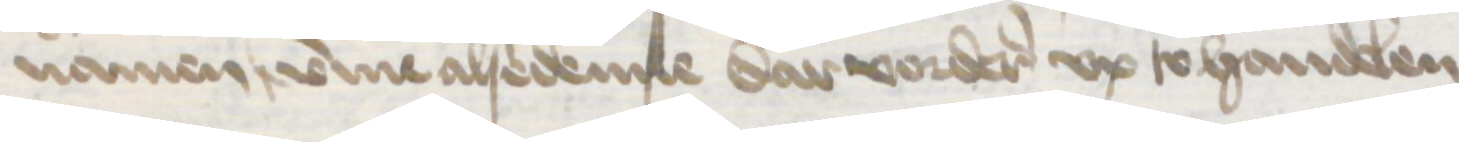
namen umme alsedenne dar vorderes vp to handelen